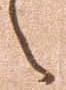
之